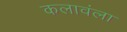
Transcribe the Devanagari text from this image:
कलावंला